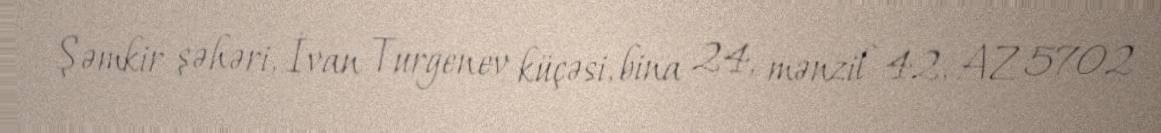
Şəmkir şəhəri, İvan Turgenev küçəsi, bina 24, mənzil 42, AZ 5702